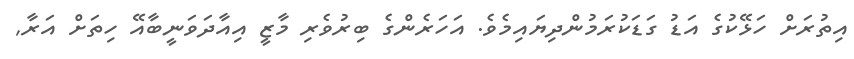
އިތުރަށް ހަޅޭކުގެ އަޑު ގަޑަކުރަމުންދިޔައިމެވެ. އަހަރެންގެ ބިރުވެރި މާޒީ އިއާދަވަނީބާއޭ ހިތަށް އަރާ